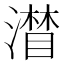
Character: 𱩄